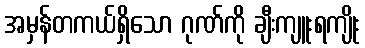
အမှန်တကယ်ရှိသော ဂုဏ်ကို ချီးကျူးရကျိုး